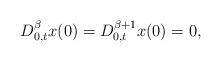
LaTeX: \begin{align*}D^{\beta}_{0,t}x(0)=D^{\beta + 1}_{0,t}x(0)=0, \end{align*}